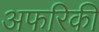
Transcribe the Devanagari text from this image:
अफरिकी